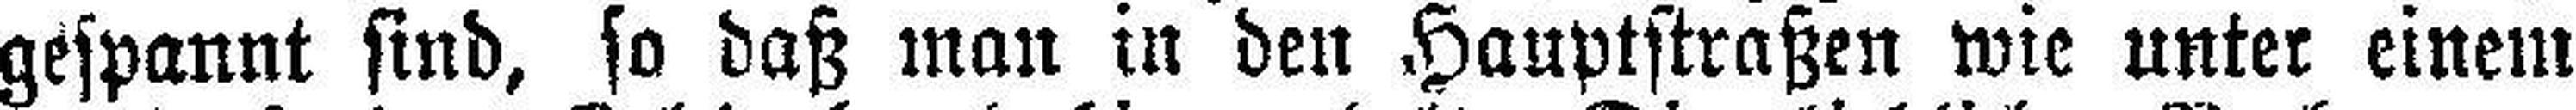
gespannt sind, so daß man in den Hauptstraßen wie unter einem